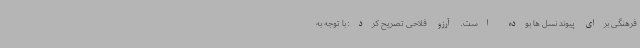
فرهنگی برای پیوند نسل ها بوده است. آرزو فلاحی تصریح کرد: با توجه به